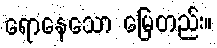
ရောနေသော မြေတည်း။